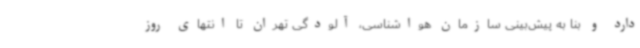
دارد و بنا به پیش‌بینی سازمان هواشناسی، آلودگی تهران تا انتهای روز